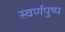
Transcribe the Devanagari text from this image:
स्वर्णपुष्प